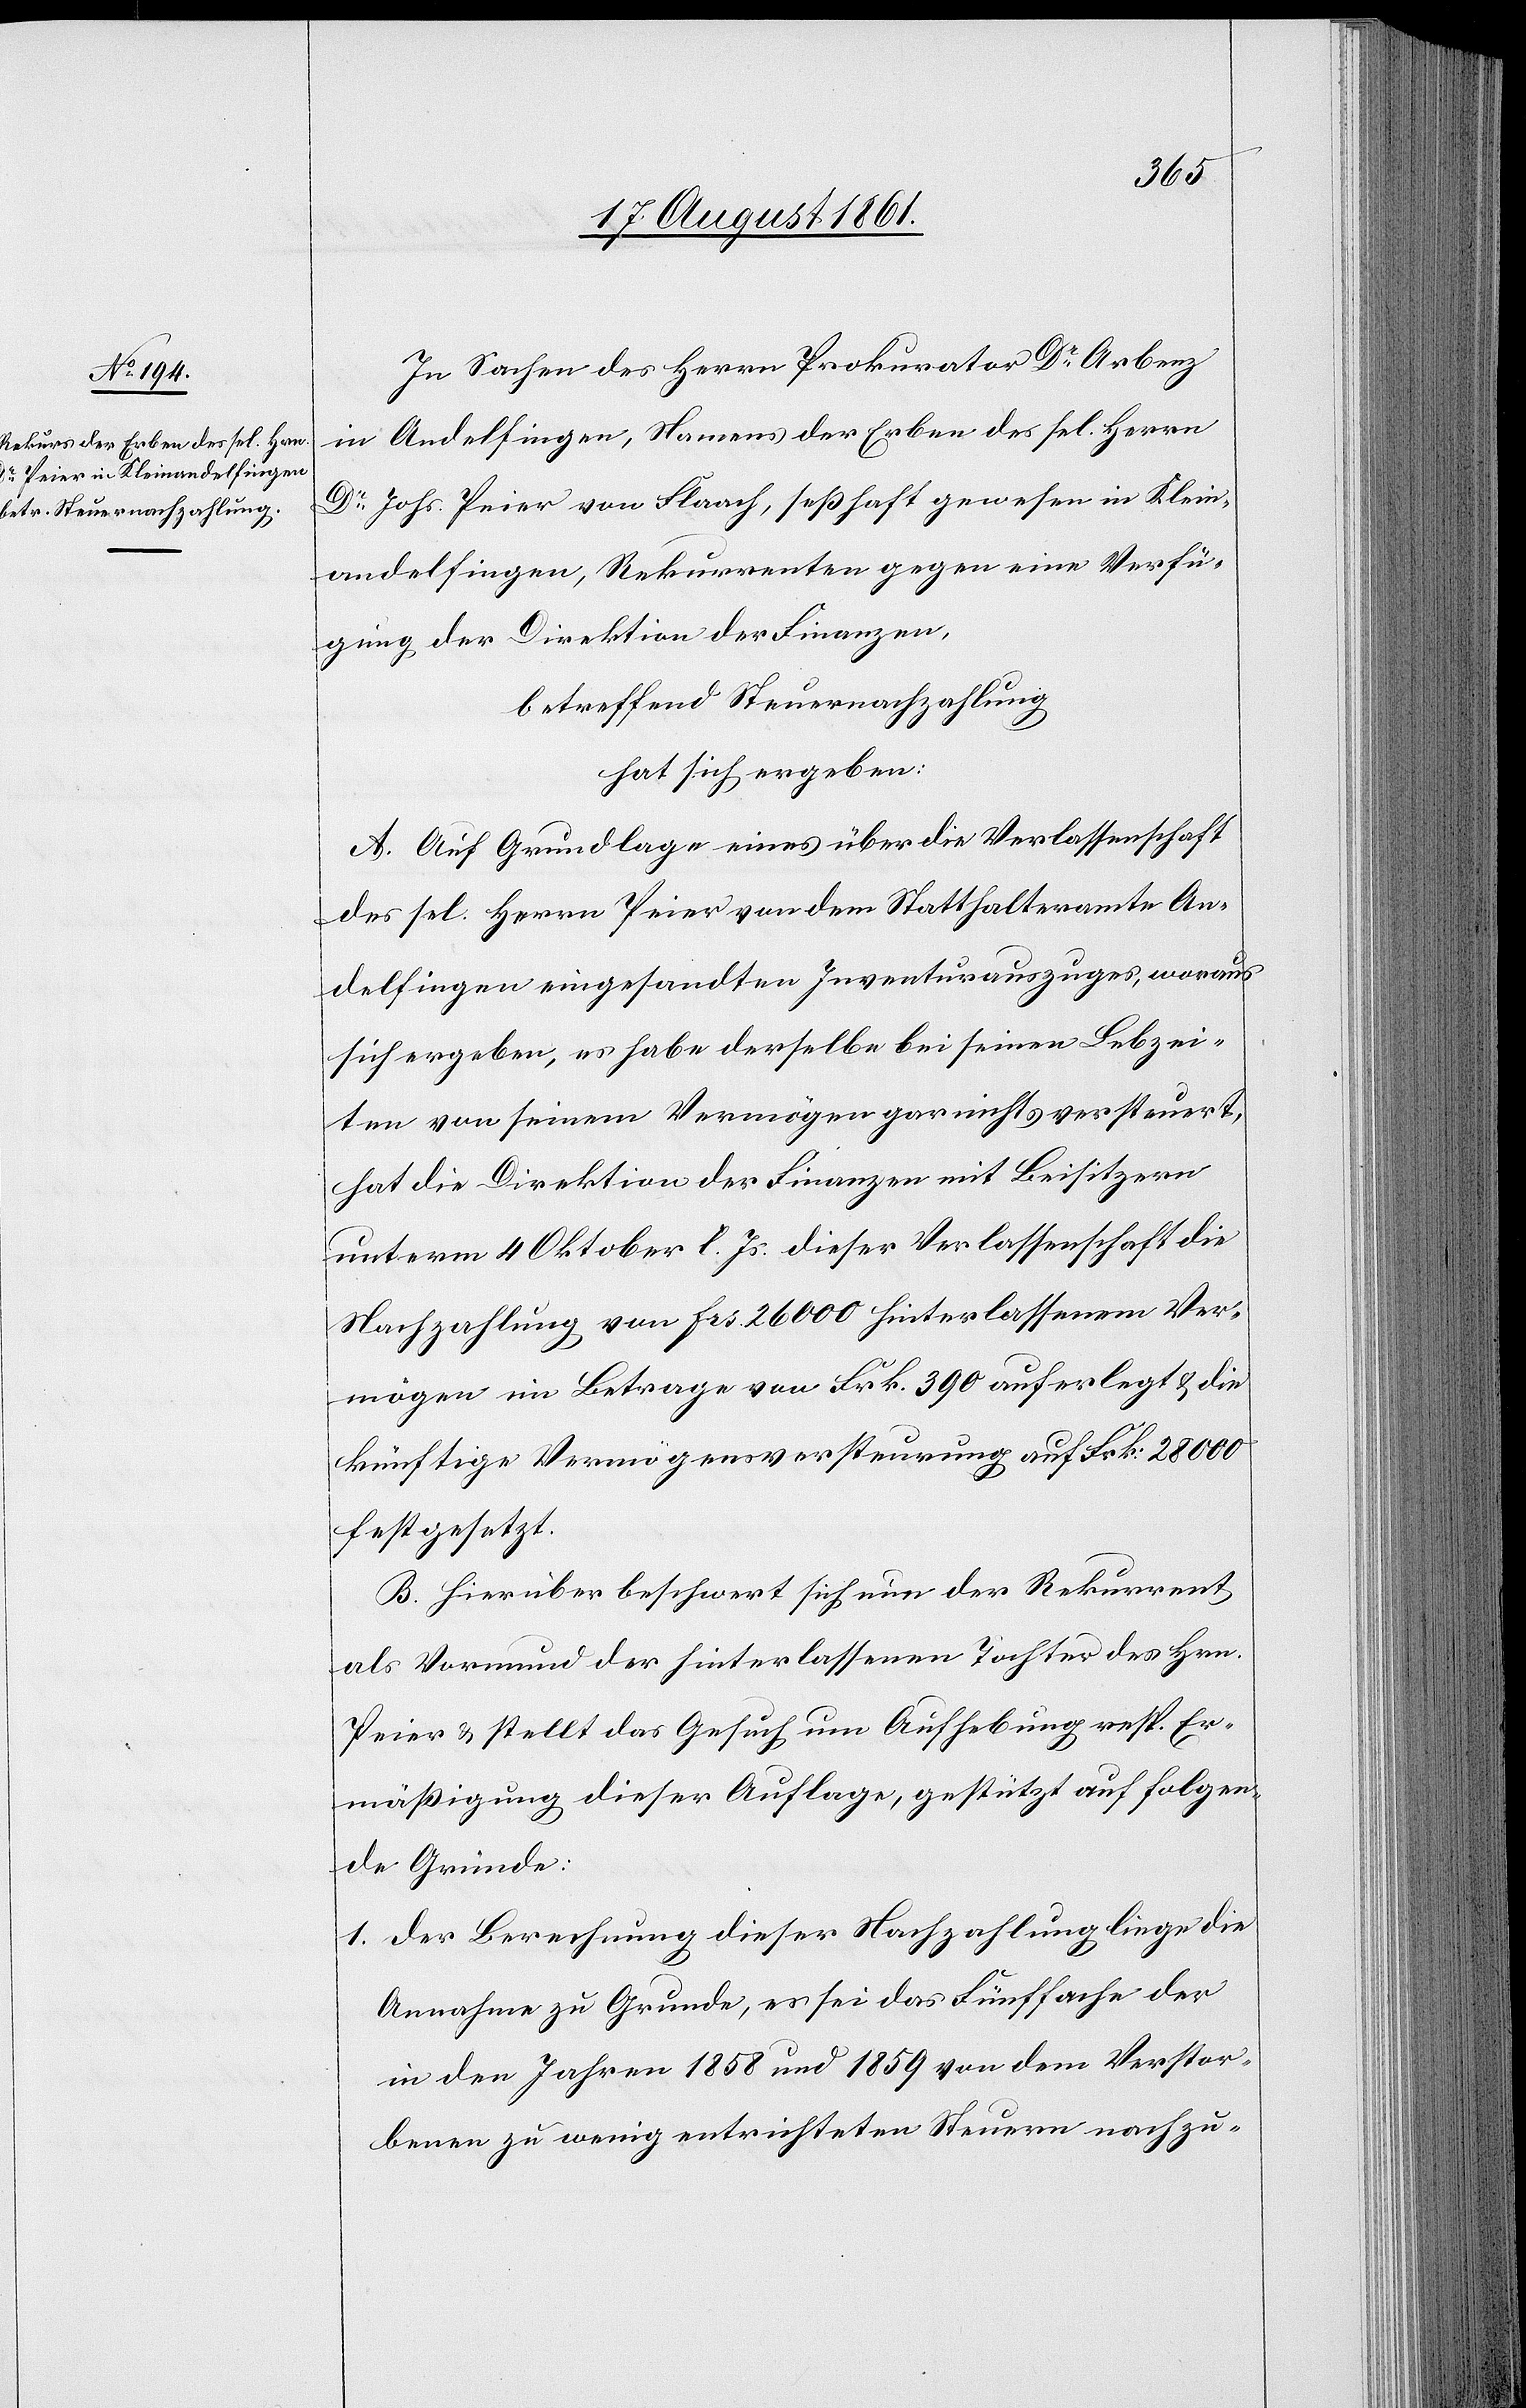
In Sachen des Herrn Prokurator Dr Arbenz
in Andelfingen, Namens der Erben des sel. Herrn
Dr Johs. Peier von Flaach, seßhaft gewesen in Klein¬
andelfingen, Rekurrenten gegen eine Verfü¬
gung der Direktion der Finanzen,
betreffend Steuernachzahlung
hat sich ergeben:
A. Auf Grundlage eines über die Verlassenschaft
des sel. Herrn Peier von dem Statthalteramte An¬
delfingen eingesandten Inventurauszuges, woraus
sich ergeben, es habe derselbe bei seinen Lebzei¬
ten von seinem Vermögen gar nichts versteuert,
hat die Direktion der Finanzen mit Beisitzern
unterm 4 Oktober l. Js. dieser Verlassenschaft die
Nachzahlung von frs 26 000 hinterlassenen Ver¬
mögen im Betrage von Frk. 390 auferlegt u. die
künftige Vermögenssteuerung auf Frk. 28 000
festgesetzt.
B. Hierüber beschwert sich nun der Rekurrent
als Vormund der hinterlassenen Tochter des Hrn.
Peier u. stellt das Gesuch um Aufhebung resp. Er¬
mäßigung dieser Auflage, gestützt auf folgen¬
de Gründe:
1. Der Berechnung dieser Nachzahlung liege die
Annahme zu Grunde, es sei das Fünffache der
in den Jahren 1858 und 1859 von dem Verstor¬
benen zu wenig entrichteten Steuern nachzu-